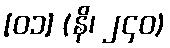
[၀၁] (နိ၊ ၂၄၀)